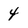
Character: 4